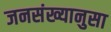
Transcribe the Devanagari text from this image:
जनसंख्यानुसा